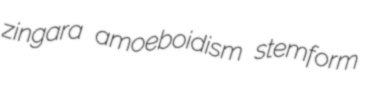
zingara amoeboidism stemform